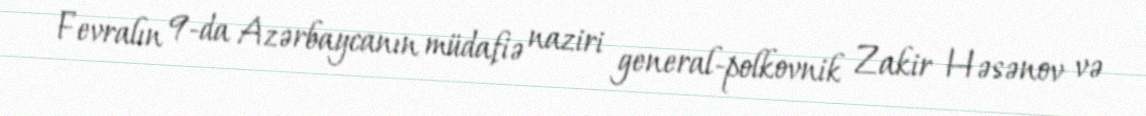
Fevralın 9-da Azərbaycanın müdafiə naziri general-polkovnik Zakir Həsənov və